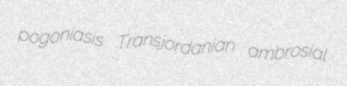
pogoniasis Transjordanian ambrosial